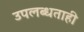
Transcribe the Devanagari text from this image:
उपलब्धताही